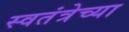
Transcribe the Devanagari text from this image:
स्वतंत्रेच्या